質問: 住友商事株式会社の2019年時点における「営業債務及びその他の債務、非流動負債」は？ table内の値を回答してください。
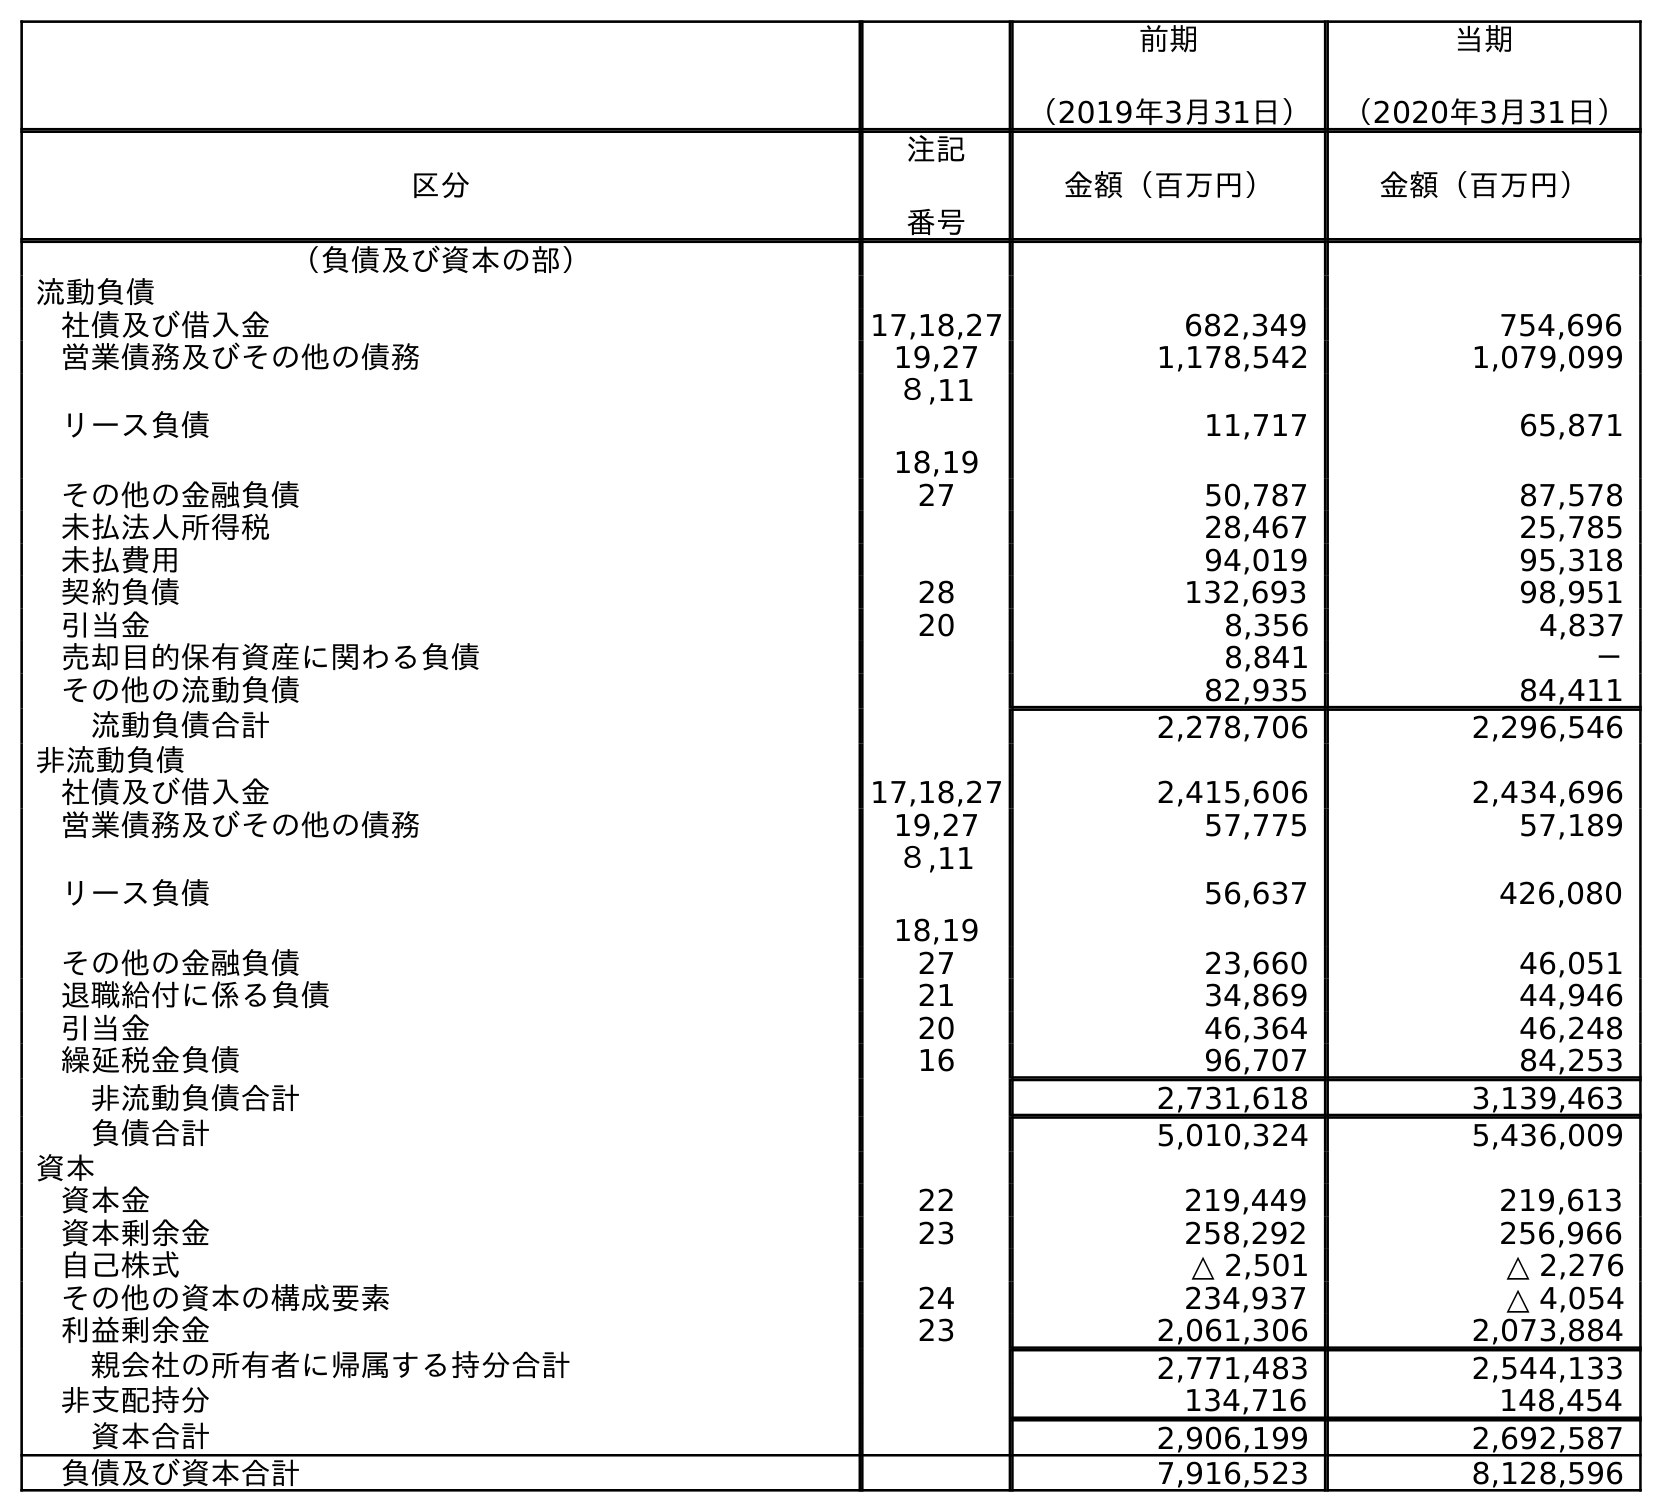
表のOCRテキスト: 前期 （2019年3月31日） 当期 （2020年3月31日） 区分 注記 番号 金額（百万円） 金額（百万円） （負債及び資本の部） 流動負債 社債及び借入金 17,18,27 682,349 754,696 営業債務及びその他の債務 19,27 1,178,542 1,079,099 リース負債 ８,11 18,19 11,717 65,871 その他の金融負債 27 50,787 87,578 未払法人所得税 28,467 25,785 未払費用 94,019 95,318 契約負債 28 132,693 98,951 引当金 20 8,356 4,837 売却目的保有資産に関わる負債 8,841 － その他の流動負債 82,935 84,411 流動負債合計 2,278,706 2,296,546 非流動負債 社債及び借入金 17,18,27 2,415,606 2,434,696 営業債務及びその他の債務 19,27 57,775 57,189 リース負債 ８,11 18,19 56,637 426,080 その他の金融負債 27 23,660 46,051 退職給付に係る負債 21 34,869 44,946 引当金 20 46,364 46,248 繰延税金負債 16 96,707 84,253 非流動負債合計 2,731,618 3,139,463 負債合計 5,010,324 5,436,009 資本 資本金 22 219,449 219,613 資本剰余金 23 258,292 256,966 自己株式 △ 2,501 △ 2,276 その他の資本の構成要素 24 234,937 △ 4,054 利益剰余金 23 2,061,306 2,073,884 親会社の所有者に帰属する持分合計 2,771,483 2,544,133 非支配持分 134,716 148,454 資本合計 2,906,199 2,692,587 負債及び資本合計 7,916,523 8,128,596
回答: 57,775